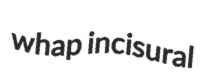
whap incisural